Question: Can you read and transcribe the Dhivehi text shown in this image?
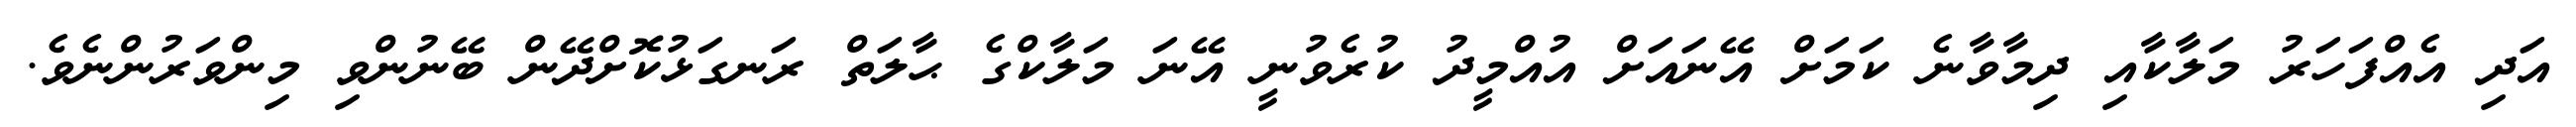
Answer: އަދި އެއްފަހަރު މަލާކާއި ދިމާވާނެ ކަމަށް އޭނައަށް އުއްމީދު ކުރެވުނީ އޭނަ މަލާކްގެ ޙާލަތް ރަނގަޅުކޮށްދޭން ބޭނުންވި މިންވަރުންނެވެ.